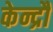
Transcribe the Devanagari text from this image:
केन्द्रौं